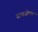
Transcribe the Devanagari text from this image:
डायजेपम